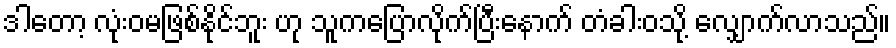
ဒါတော့ လုံးဝမဖြစ်နိုင်ဘူး ဟု သူကပြောလိုက်ပြီးနောက် တံခါးဝသို့ လျှောက်လာသည်။